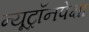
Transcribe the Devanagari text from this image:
न्यूट्रॉनपेक्षा